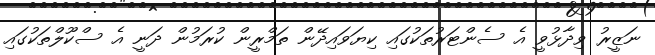
ނަޒީރު ވިދާޅުވީ އެ ސެންޓަރުތަކުގައި ކިޔަވައިދޭން ތަމްރީން ކުރަމުން ދަނީ އެ ސްކޫލްތަކުގައި